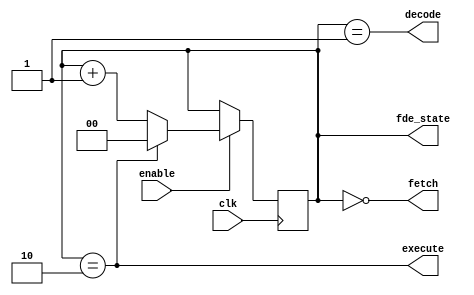
/*
    Author : Auke Dirk Pietersma
    Project: ByteBlast https://github.com/Auke-Dirk/ByteBlast
    Module : Fetch Decode Execute (fde 8 bit)
*/

module fde(clk, enable, fetch, decode, execute, fde_state);

localparam FETCH = 0;
localparam DECODE = 1;
localparam EXECUTE = 2;
localparam IDLE = 3;
// inputs
input clk;
input enable;

//outputs
output fetch;
output decode;
output execute;

// internal
output reg [1:0]fde_state;

initial begin
    fde_state = EXECUTE;
end 

always @(posedge clk) 
begin
    if (enable == 1) begin
        if (fde_state == 2) begin
            fde_state <= FETCH;
        end else begin
            fde_state <= fde_state + 1;
        end
    end
end    

assign fetch = fde_state == FETCH;
assign decode = fde_state == DECODE;
assign execute = fde_state == EXECUTE;

endmodule